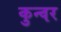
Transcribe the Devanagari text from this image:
कुन्वर